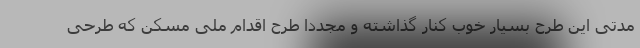
مدتی این طرح بسیار خوب کنار گذاشته و مجددا طرح اقدام ملی مسکن که طرحی